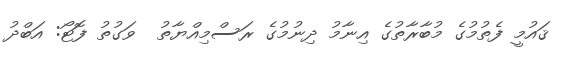
ޤައުމީ ފެތުމުގެ މުބާރާތުގެ އިނާމު ދިނުމުގެ ރަސްމިއްޔާތު  ވަގުތު ފޮޓޯ: އަބްދު